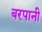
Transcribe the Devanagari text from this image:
बरपानी